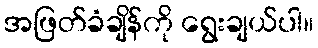
အဖြတ်ခံချိန်ကို ရွေးချယ်ပါ။